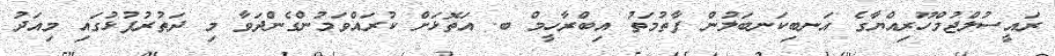
ރައީސުލްޖުމްހޫރިއްޔާގެ އަނބިކަނބަލުން ފާތުމަތު އިބްރާހީމް ބ. އަތޮޅަށް ކުރައްވަމުންގެންދަވާ މި ދަތުރުފުޅުގައި މިއަދު